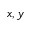
x , y